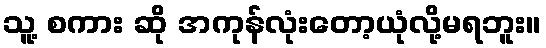
သူ့ စကား ဆို အကုန်လုံးတော့ယုံလို့မရဘူး။